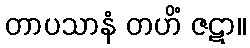
တာပသာနံ တဟိံ ဇဋာ။